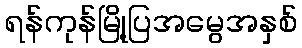
ရန်ကုန်မြို့ပြအမွေအနှစ်